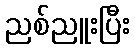
ညစ်ညူးပြီး